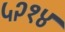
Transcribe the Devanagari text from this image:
५२१४